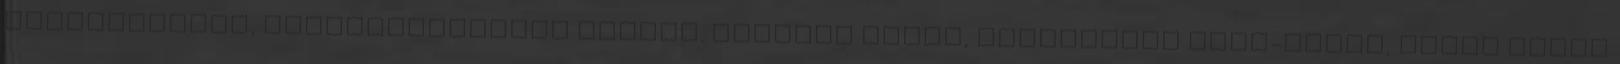
ellenálltunk, lemészároltatok minket. Mindezt azért, mindenféle szir-szart, amire semmi